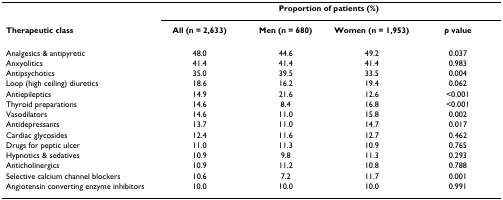
<table><thead><tr><td></td><td colspan="4"><b>Proportion of patients (%)</b></td></tr><tr><td><b>Therapeutic class</b></td><td><b>All (n = 2,633)</b></td><td><b>Men (n = 680)</b></td><td><b>Women (n = 1,953)</b></td><td><b><i>p </i>value</b></td></tr></thead><tbody><tr><td>Analgesics &amp; antipyretic</td><td>48.0</td><td>44.6</td><td>49.2</td><td>0.037</td></tr><tr><td>Anxyolitics</td><td>41.4</td><td>41.4</td><td>41.4</td><td>0.983</td></tr><tr><td>Antipsychotics</td><td>35.0</td><td>39.5</td><td>33.5</td><td>0.004</td></tr><tr><td>Loop (high ceiling) diuretics</td><td>18.6</td><td>16.2</td><td>19.4</td><td>0.062</td></tr><tr><td>Antiepileptics</td><td>14.9</td><td>21.6</td><td>12.6</td><td>&lt;0.001</td></tr><tr><td>Thyroid preparations</td><td>14.6</td><td>8.4</td><td>16.8</td><td>&lt;0.001</td></tr><tr><td>Vasodilators</td><td>14.6</td><td>11.0</td><td>15.8</td><td>0.002</td></tr><tr><td>Antidepressants</td><td>13.7</td><td>11.0</td><td>14.7</td><td>0.017</td></tr><tr><td>Cardiac glycosides</td><td>12.4</td><td>11.6</td><td>12.7</td><td>0.462</td></tr><tr><td>Drugs for peptic ulcer</td><td>11.0</td><td>11.3</td><td>10.9</td><td>0.765</td></tr><tr><td>Hypnotics &amp; sedatives</td><td>10.9</td><td>9.8</td><td>11.3</td><td>0.293</td></tr><tr><td>Anticholinergics</td><td>10.9</td><td>11.2</td><td>10.8</td><td>0.788</td></tr><tr><td>Selective calcium channel blockers</td><td>10.6</td><td>7.2</td><td>11.7</td><td>0.001</td></tr><tr><td>Angiotensin converting enzyme inhibitors</td><td>10.0</td><td>10.0</td><td>10.0</td><td>0.991</td></tr></tbody></table>